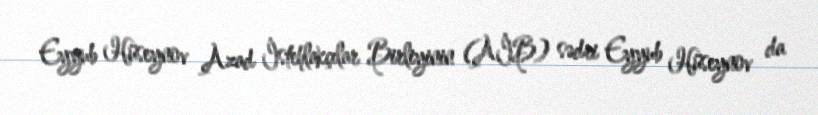
Eyyub Hüseynov Azad İstehlakçılar Birliyinin (AİB) sədri Eyyub Hüseynov da